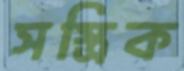
সস্ত্রিক